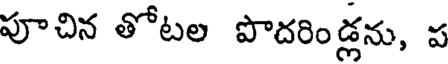
పూచిన తోటల పొదరిండ్లను, ప